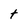
Character: t